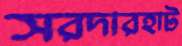
সরদারহাট